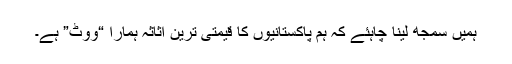
ہمیں سمجھ لینا چاہئے کہ ہم پاکستانیوں کا قیمتی ترین اثاثہ ہمارا “ووٹ” ہے۔